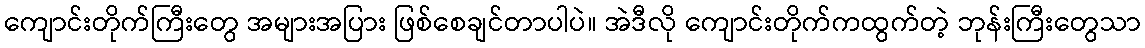
ကျောင်းတိုက်ကြီးတွေ အများအပြား ဖြစ်စေချင်တာပါပဲ။ အဲဒီလို ကျောင်းတိုက်ကထွက်တဲ့ ဘုန်းကြီးတွေသာ